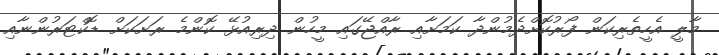
މާލީ އެހީތެރިކަން ފޯރުކޮށްދެމުންދާ ކަމަށާއި ރާއްޖޭގައި މީހުން ދިރިއުޅޭ ކޮންމެ ރަށަކަށް ޑޮކްޓަރުންނާއި